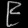
Digit: ၉